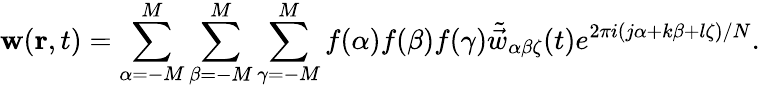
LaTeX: \mathbf{w}(\mathbf{r},t)=\sum_{\alpha=-M}^{M}\sum_{\beta=-M}^{M}\sum_{\gamma=-M}^{M}f(\alpha)f(\beta)f(\gamma)\tilde{\vec{w}}_{\alpha\beta\zeta}(t)e^{2\pi i(j\alpha+k\beta+l\zeta)/N}.